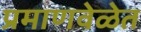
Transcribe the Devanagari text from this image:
प्रमाणवेळेत